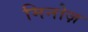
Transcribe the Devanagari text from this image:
मिनोज़